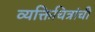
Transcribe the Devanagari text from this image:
व्यक्तिचित्रांची